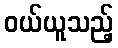
ဝယ်ယူသည့်